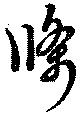
條